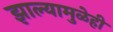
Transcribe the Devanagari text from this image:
झाल्यामुळेही